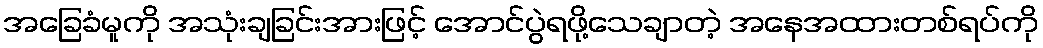
အခြေခံမူကို အသုံးချခြင်းအားဖြင့် အောင်ပွဲရဖို့သေချာတဲ့ အနေအထားတစ်ရပ်ကို